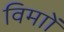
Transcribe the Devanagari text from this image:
विमाों